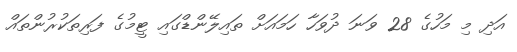
އަދި މި މަހުގެ 28 ވަނަ ދުވަހާ ހަމައަށް ތައިލޭންޑްގައި ޓީމުގެ ފަރިތަކުރުންތައް